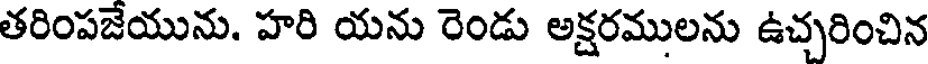
తరింపజేయును. హరి యను రెండు అక్షరములను ఉచ్చరించిన